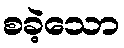
စခဲ့သော